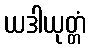
ယဒါယုတ္တံ